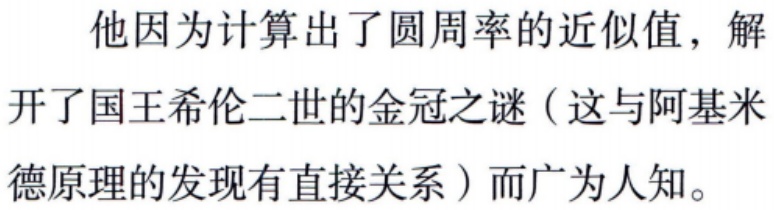
他因为计算出了圆周率的近似值，解开了国王希伦二世的金冠之谜（这与阿基米德原理的发现有直接关系）而广为人知。